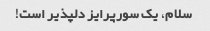
سلام، یک سورپرایز دلپذیر است!